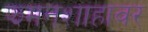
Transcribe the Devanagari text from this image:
झमनशाहावर